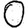
Digit: 0